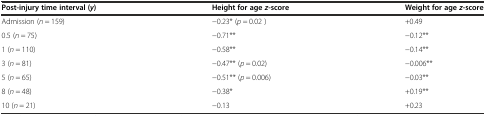
<table><thead><tr><td><b>Post-injury time interval (<i>y</i>)</b></td><td><b>Height for age<i>z</i>-score</b></td><td><b>Weight for age<i>z</i>-score</b></td></tr></thead><tbody><tr><td>Admission (<i>n</i> = 159)</td><td>−0.23* (<i>p</i> = 0.02 )</td><td>+0.49</td></tr><tr><td>0.5 (<i>n</i> = 75)</td><td>−0.71**</td><td>−0.12**</td></tr><tr><td>1 (<i>n</i> = 110)</td><td>−0.58**</td><td>−0.14**</td></tr><tr><td>3 (<i>n</i> = 81)</td><td>−0.47** (<i>p</i> = 0.02)</td><td>−0.006**</td></tr><tr><td>5 (<i>n</i> = 65)</td><td>−0.51** (<i>p</i> = 0.006)</td><td>−0.03**</td></tr><tr><td>8 (<i>n</i> = 48)</td><td>−0.38*</td><td>+0.19**</td></tr><tr><td>10 (<i>n</i> = 21)</td><td>−0.13</td><td>+0.23</td></tr></tbody></table>